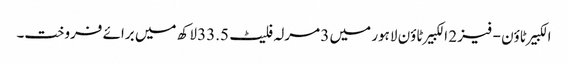
الکبیر ٹاؤن - فیز 2 الکبیر ٹاؤن لاہور میں 3 مرلہ فلیٹ 33.5 لاکھ میں برائے فروخت۔